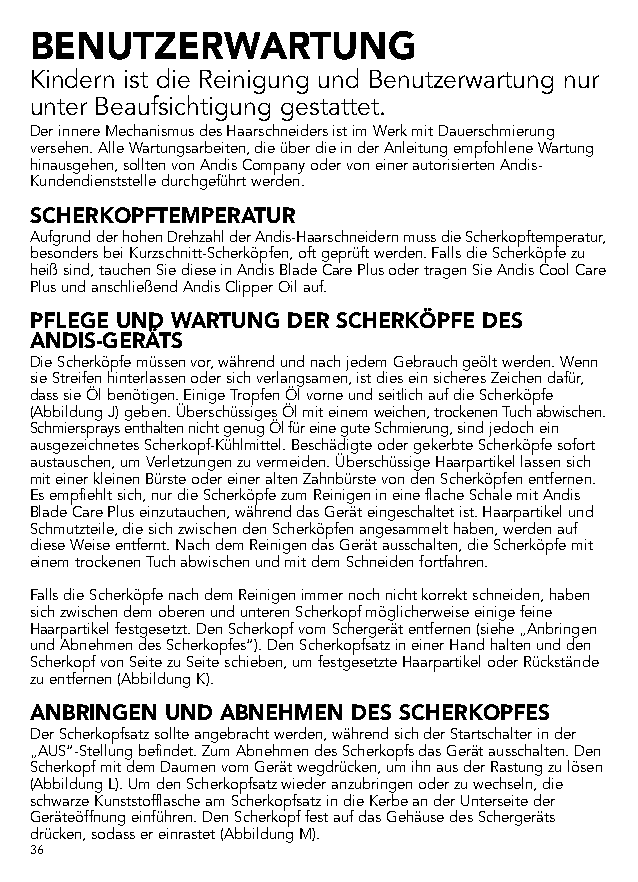
BENUTZERWARTUNG
 Kindern ist die Reinigung und Benutzerwartung nur
 unter Beaufsichtigung gestattet.
 Der innere Mechanismus des Haarschneiders ist im Werk mit Dauerschmierung
 versehen. Alle Wartungsarbeiten, die über die in der Anleitung empfohlene Wartung
 hinausgehen, sollten von Andis Company oder von einer autorisierten Andis-
 Kundendienststelle durchgeführt werden.
 SCHERKOPFTEMPERATUR
 Aufgrund der hohen Drehzahl der Andis-Haarschneidern muss die Scherkopftemperatur,
 besonders bei Kurzschnitt-Scherköpfen, oft geprüft werden. Falls die Scherköpfe zu
 heiß sind, tauchen Sie diese in Andis Blade Care Plus oder tragen Sie Andis Cool Care
 Plus und anschließend Andis Clipper Oil auf.
 PFLEGE UND WARTUNG DER SCHERKÖPFE DES
 ANDIS-GERÄTS
 Die Scherköpfe müssen vor, während und nach jedem Gebrauch geölt werden. Wenn
 sie Streifen hinterlassen oder sich verlangsamen, ist dies ein sicheres Zeichen dafür,
 dass sie Öl benötigen. Einige Tropfen Öl vorne und seitlich auf die Scherköpfe
 (Abbildung J) geben. Überschüssiges Öl mit einem weichen, trockenen Tuch abwischen.
 Schmiersprays enthalten nicht genug Öl für eine gute Schmierung, sind jedoch ein
 ausgezeichnetes Scherkopf-Kühlmittel. Beschädigte oder gekerbte Scherköpfe sofort
 austauschen, um Verletzungen zu vermeiden. Überschüssige Haarpartikel lassen sich
 mit einer kleinen Bürste oder einer alten Zahnbürste von den Scherköpfen entfernen.
 Es empfiehlt sich, nur die Scherköpfe zum Reinigen in eine flache Schale mit Andis
 Blade Care Plus einzutauchen, während das Gerät eingeschaltet ist. Haarpartikel und
 Schmutzteile, die sich zwischen den Scherköpfen angesammelt haben, werden auf
 diese Weise entfernt. Nach dem Reinigen das Gerät ausschalten, die Scherköpfe mit
 einem trockenen Tuch abwischen und mit dem Schneiden fortfahren.
 Falls die Scherköpfe nach dem Reinigen immer noch nicht korrekt schneiden, haben
 sich zwischen dem oberen und unteren Scherkopf möglicherweise einige feine
 Haarpartikel festgesetzt. Den Scherkopf vom Schergerät entfernen (siehe „Anbringen
 und Abnehmen des Scherkopfes“). Den Scherkopfsatz in einer Hand halten und den
 Scherkopf von Seite zu Seite schieben, um festgesetzte Haarpartikel oder Rückstände
 zu entfernen (Abbildung K).
 ANBRINGEN UND ABNEHMEN DES SCHERKOPFES
 Der Scherkopfsatz sollte angebracht werden, während sich der Startschalter in der
 „AUS“-Stellung befindet. Zum Abnehmen des Scherkopfs das Gerät ausschalten. Den
 Scherkopf mit dem Daumen vom Gerät wegdrücken, um ihn aus der Rastung zu lösen
 (Abbildung L). Um den Scherkopfsatz wieder anzubringen oder zu wechseln, die
 schwarze Kunststofflasche am Scherkopfsatz in die Kerbe an der Unterseite der
 Geräteöffnung einführen. Den Scherkopf fest auf das Gehäuse des Schergeräts
 drücken, sodass er einrastet (Abbildung M).
 36